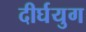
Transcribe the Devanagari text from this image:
दीर्घयुग